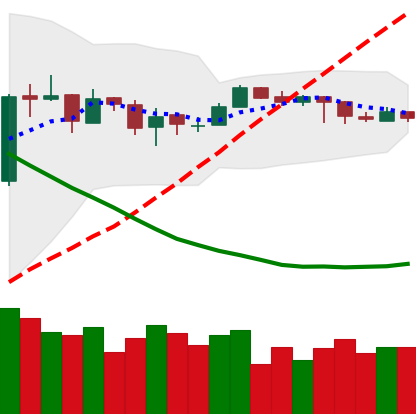
Ticker: EOS-USD
Chart end date: 2019-03-24
Forward return: 17.174%
Label: up_7plus